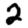
Digit: 2